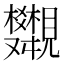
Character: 𧢣